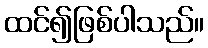
ထင်၍ဖြစ်ပါသည်။